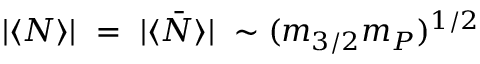
| \langle N \rangle | ~ = ~ | \langle \bar { N } \rangle | ~ \sim ( m _ { 3 / 2 } m _ { P } ) ^ { 1 / 2 }